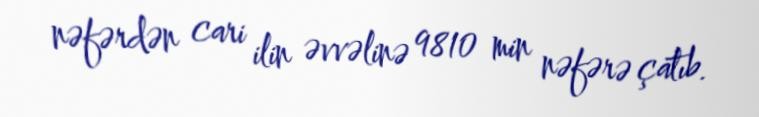
nəfərdən cari ilin əvvəlinə 9810 min nəfərə çatıb.